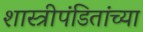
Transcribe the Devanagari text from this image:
शास्त्रीपंडितांच्या